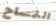
التمساح